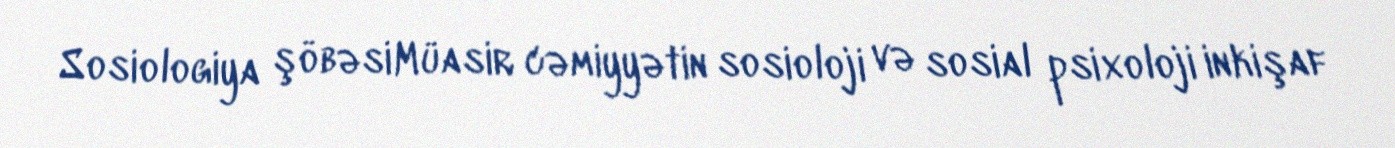
Sosiologiya şöbəsiMüasir cəmiyyətin sosioloji və sosial psixoloji inkişaf